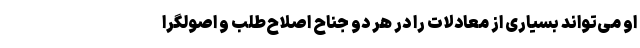
او می‌تواند بسیاری از معادلات را در هر دو جناح اصلاح‌طلب و اصولگرا